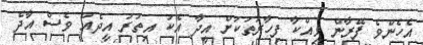
އެހެންވެ ފޭރާން ވިއްކާ ފިހާރަތަކަށް އީދާ އެކު އިތުރު އީދެއް ވެސް އާދެ